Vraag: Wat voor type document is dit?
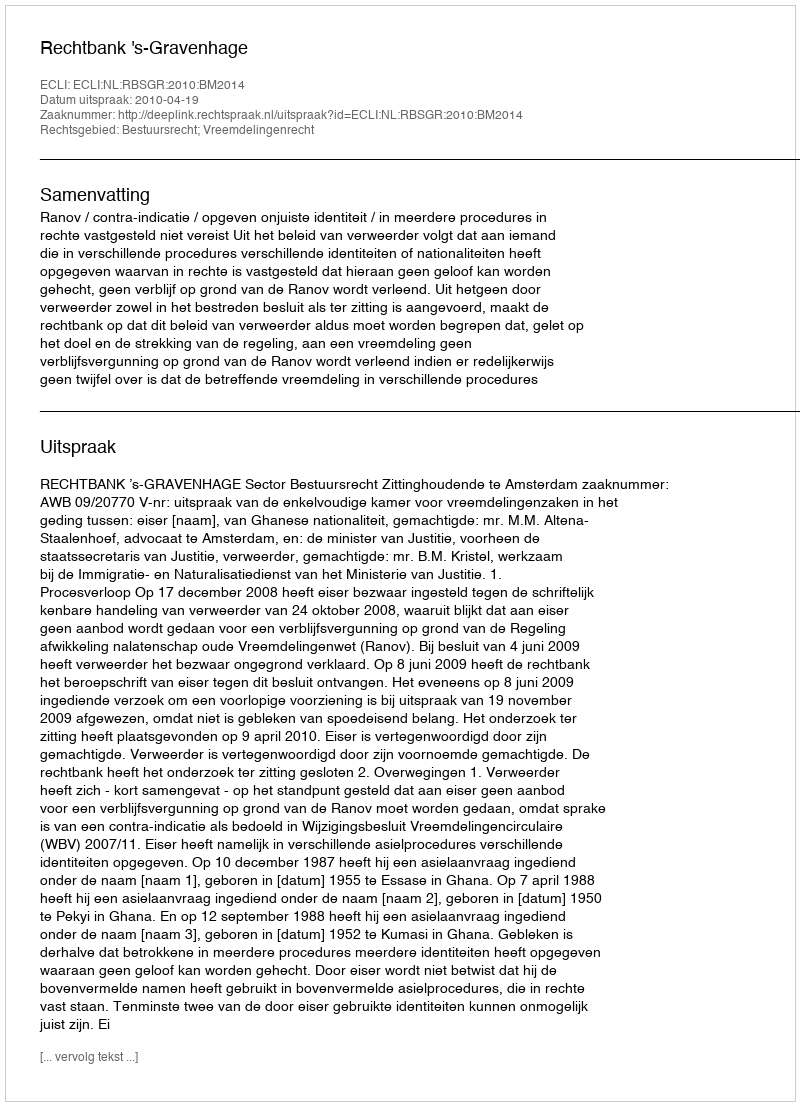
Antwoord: Uitspraak